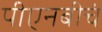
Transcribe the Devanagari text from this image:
पीएनबीचं